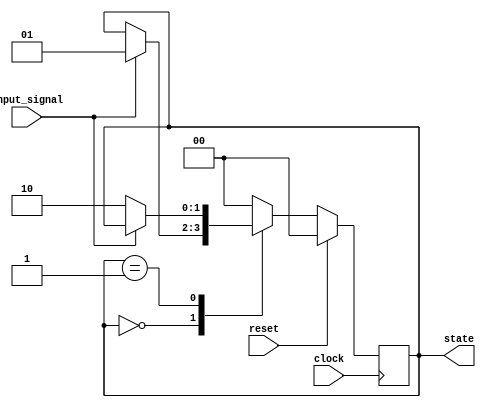
module fsm_example (
    input wire clock,        // Clock signal
    input wire reset,        // Synchronous reset
    input wire input_signal, // Input signal to trigger state transitions
    output reg [1:0] state   // Output for the current state
);

// Define state encoding
localparam IDLE    = 2'b00;
localparam STATE1  = 2'b01;
localparam STATE2  = 2'b10;

// Sequential logic block sensitive to the positive edge of the clock
always @(posedge clock) begin
    if (reset) begin
        // Synchronous reset to IDLE state
        state <= IDLE;
    end else begin
        // State transitions based on the input signal
        case (state)
            IDLE: begin
                if (input_signal)
                    state <= STATE1; // Transition to STATE1 on input_signal
            end
            
            STATE1: begin
                if (!input_signal)
                    state <= STATE2; // Transition to STATE2 if input_signal is low
            end
            
            STATE2: begin
                state <= IDLE; // Transition back to IDLE
            end
            
            default: state <= IDLE; // Default case
        endcase
    end
end

endmodule